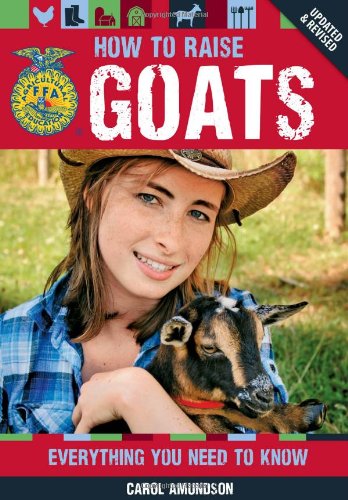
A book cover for How to Raise Goats: Everything You Need to Know, Updated & Revised (FFA); Carol Amundson; Science & Math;